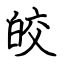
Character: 皎